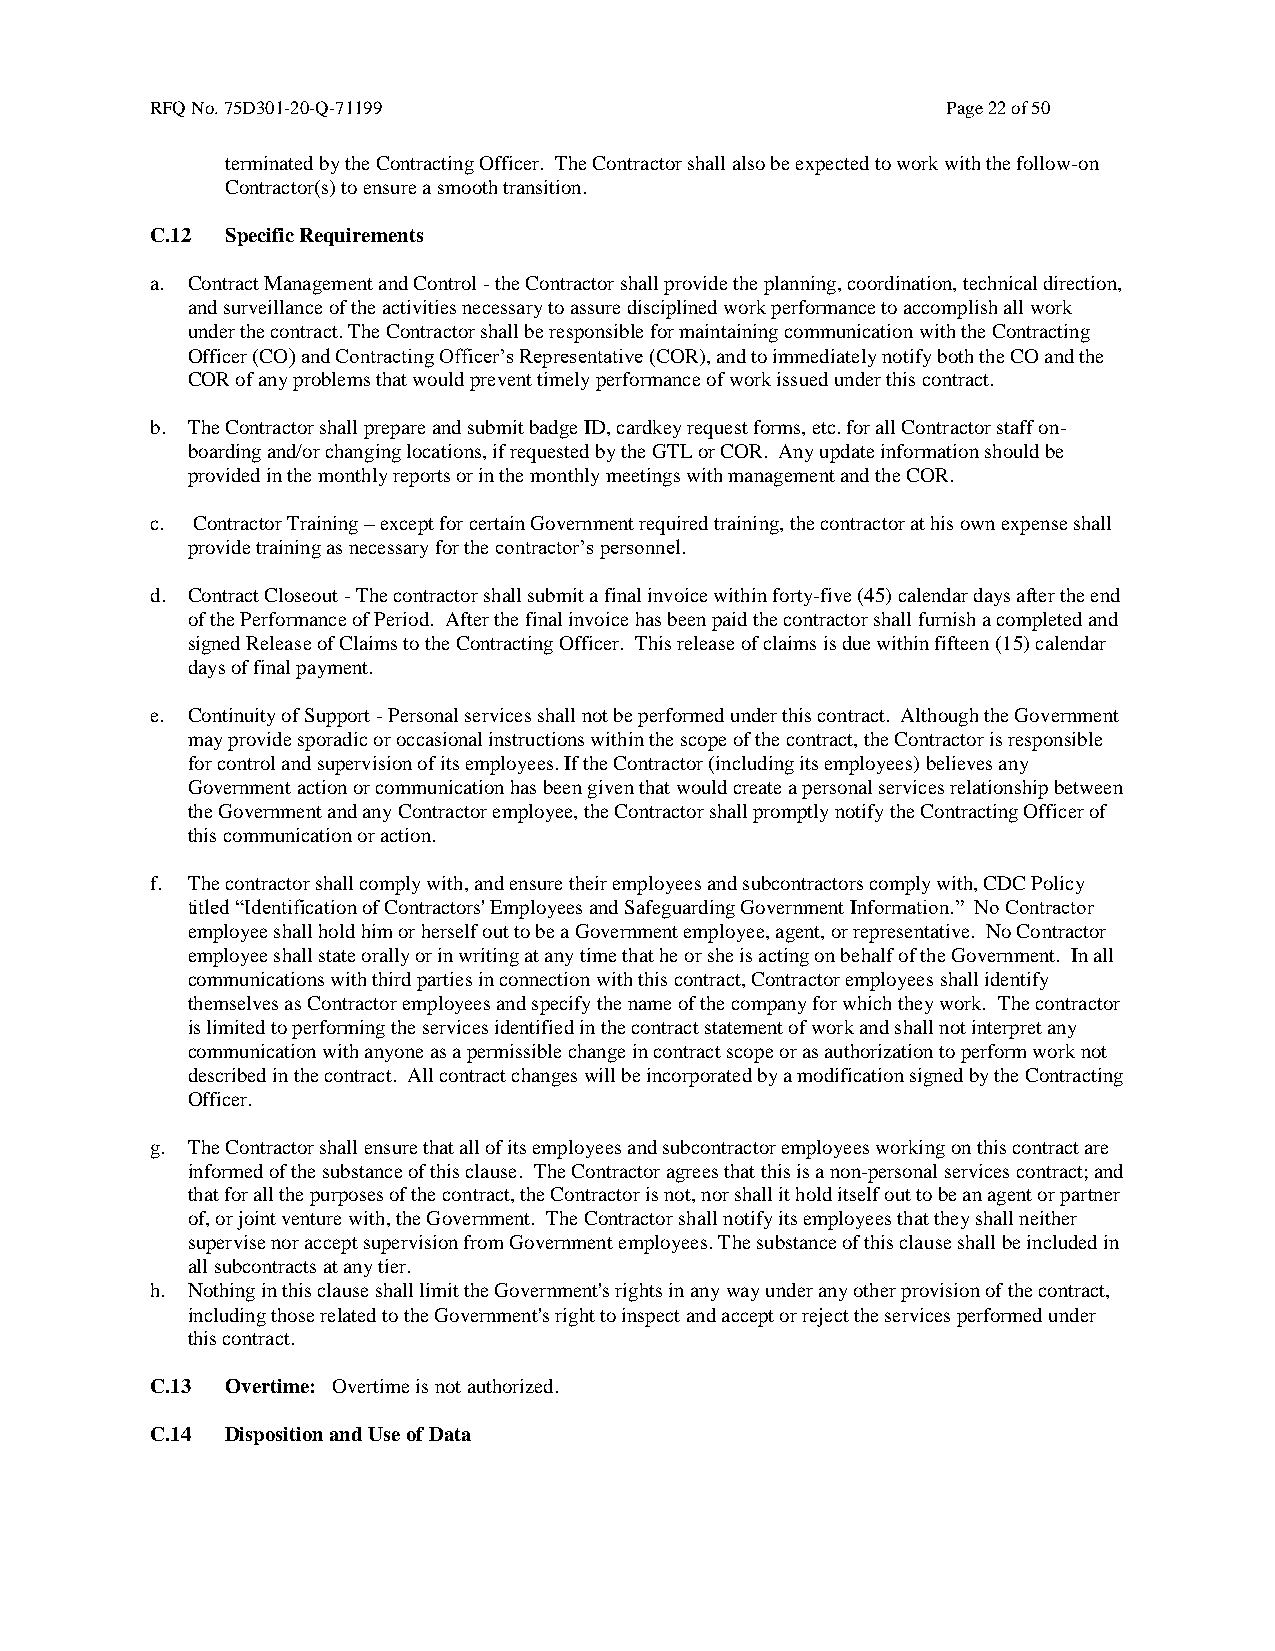
RFQ No. 75D301-20-Q-71199                            Page 22 of 50
 terminated by the Contracting Officer. The Contractor shall also be expected to work with the follow-on
 Contractor(s) to ensure a smooth transition.
 C.12 Specific Requirements
 a. Contract Management and Control - the Contractor shall provide the planning, coordination, technical direction,
 and surveillance of the activities necessary to assure disciplined work performance to accomplish all work
 under the contract. The Contractor shall be responsible for maintaining communication with the Contracting
 Officer (CO) and Contracting Officer’s Representative (COR), and to immediately notify both the CO and the
 COR of any problems that would prevent timely performance of work issued under this contract.
 b. The Contractor shall prepare and submit badge ID, cardkey request forms, etc. for all Contractor staff on-
 boarding and/or changing locations, if requested by the GTL or COR. Any update information should be
 provided in the monthly reports or in the monthly meetings with management and the COR.
 c. Contractor Training – except for certain Government required training, the contractor at his own expense shall
 provide training as necessary for the contractor’s personnel.
 d. Contract Closeout - The contractor shall submit a final invoice within forty-five (45) calendar days after the end
 of the Performance of Period. After the final invoice has been paid the contractor shall furnish a completed and
 signed Release of Claims to the Contracting Officer. This release of claims is due within fifteen (15) calendar
 days of final payment.
 e. Continuity of Support - Personal services shall not be performed under this contract. Although the Government
 may provide sporadic or occasional instructions within the scope of the contract, the Contractor is responsible
 for control and supervision of its employees. If the Contractor (including its employees) believes any
 Government action or communication has been given that would create a personal services relationship between
 the Government and any Contractor employee, the Contractor shall promptly notify the Contracting Officer of
 this communication or action.
 f. The contractor shall comply with, and ensure their employees and subcontractors comply with, CDC Policy
 titled “Identification of Contractors' Employees and Safeguarding Government Information.” No Contractor
 employee shall hold him or herself out to be a Government employee, agent, or representative. No Contractor
 employee shall state orally or in writing at any time that he or she is acting on behalf of the Government. In all
 communications with third parties in connection with this contract, Contractor employees shall identify
 themselves as Contractor employees and specify the name of the company for which they work. The contractor
 is limited to performing the services identified in the contract statement of work and shall not interpret any
 communication with anyone as a permissible change in contract scope or as authorization to perform work not
 described in the contract. All contract changes will be incorporated by a modification signed by the Contracting
 Officer.
 g. The Contractor shall ensure that all of its employees and subcontractor employees working on this contract are
 informed of the substance of this clause. The Contractor agrees that this is a non-personal services contract; and
 that for all the purposes of the contract, the Contractor is not, nor shall it hold itself out to be an agent or partner
 of, or joint venture with, the Government. The Contractor shall notify its employees that they shall neither
 supervise nor accept supervision from Government employees. The substance of this clause shall be included in
 all subcontracts at any tier.
 h. Nothing in this clause shall limit the Government's rights in any way under any other provision of the contract,
 including those related to the Government's right to inspect and accept or reject the services performed under
 this contract.
 C.13 Overtime: Overtime is not authorized.
 C.14 Disposition and Use of Data